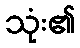
သုံး၏